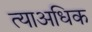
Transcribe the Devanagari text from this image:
त्याअधिक